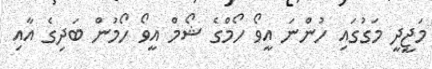
މަޖީދީ މަގުގައި ހުންނަ އީވޯ ހޯމްގެ ޝޯމް އީވޯ ހޯމުން ބަދިގެ އާއި